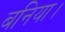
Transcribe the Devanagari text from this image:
बनिया।